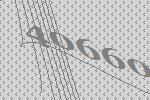
40660